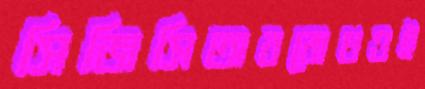
সিজিসিঅবরোধওই